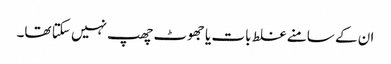
ان کے سامنے غلط بات یا جھوٹ چھپ نہیں سکتا تھا۔